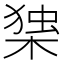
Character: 𭫅